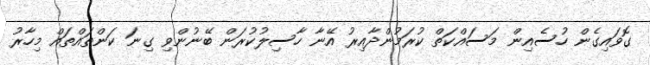
ގޮވައިގެން ހުސެއިން މަސައްކަތް ކުރަމުންދާއިރު އޭނާ ހާސިލުކުރަން ބޭނުންވި ގިނަ ކަންތައްތައް މިހާރު